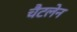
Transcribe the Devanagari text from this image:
चैटलेन